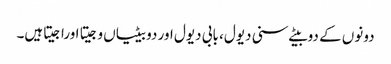
دونوں کے دوبیٹے سنی دیول، بابی دیول اور دو بیٹیاں وجیتا اوراجیتاہیں۔